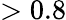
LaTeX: >0.8